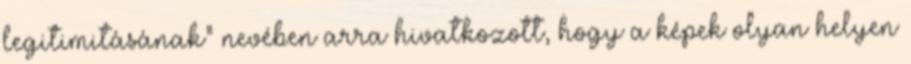
legitimitásának” nevében arra hivatkozott, hogy a képek olyan helyen